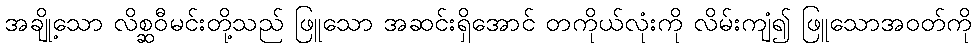
အချို့သော လိစ္ဆဝီမင်းတို့သည် ဖြူသော အဆင်းရှိအောင် တကိုယ်လုံးကို လိမ်းကျံ၍ ဖြူသောအဝတ်ကို